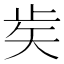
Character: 𥎩